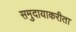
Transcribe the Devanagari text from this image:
समुदायाकरीता